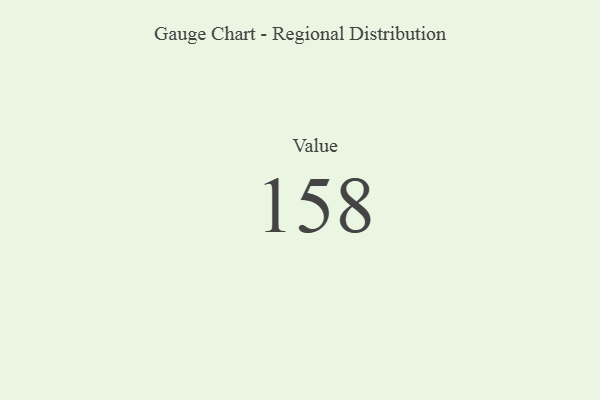
{"axis": {"x": "Metric", "y": "Value"}, "legend": [""], "data": [{"x": "Value", "y": 158, "type": ""}]}